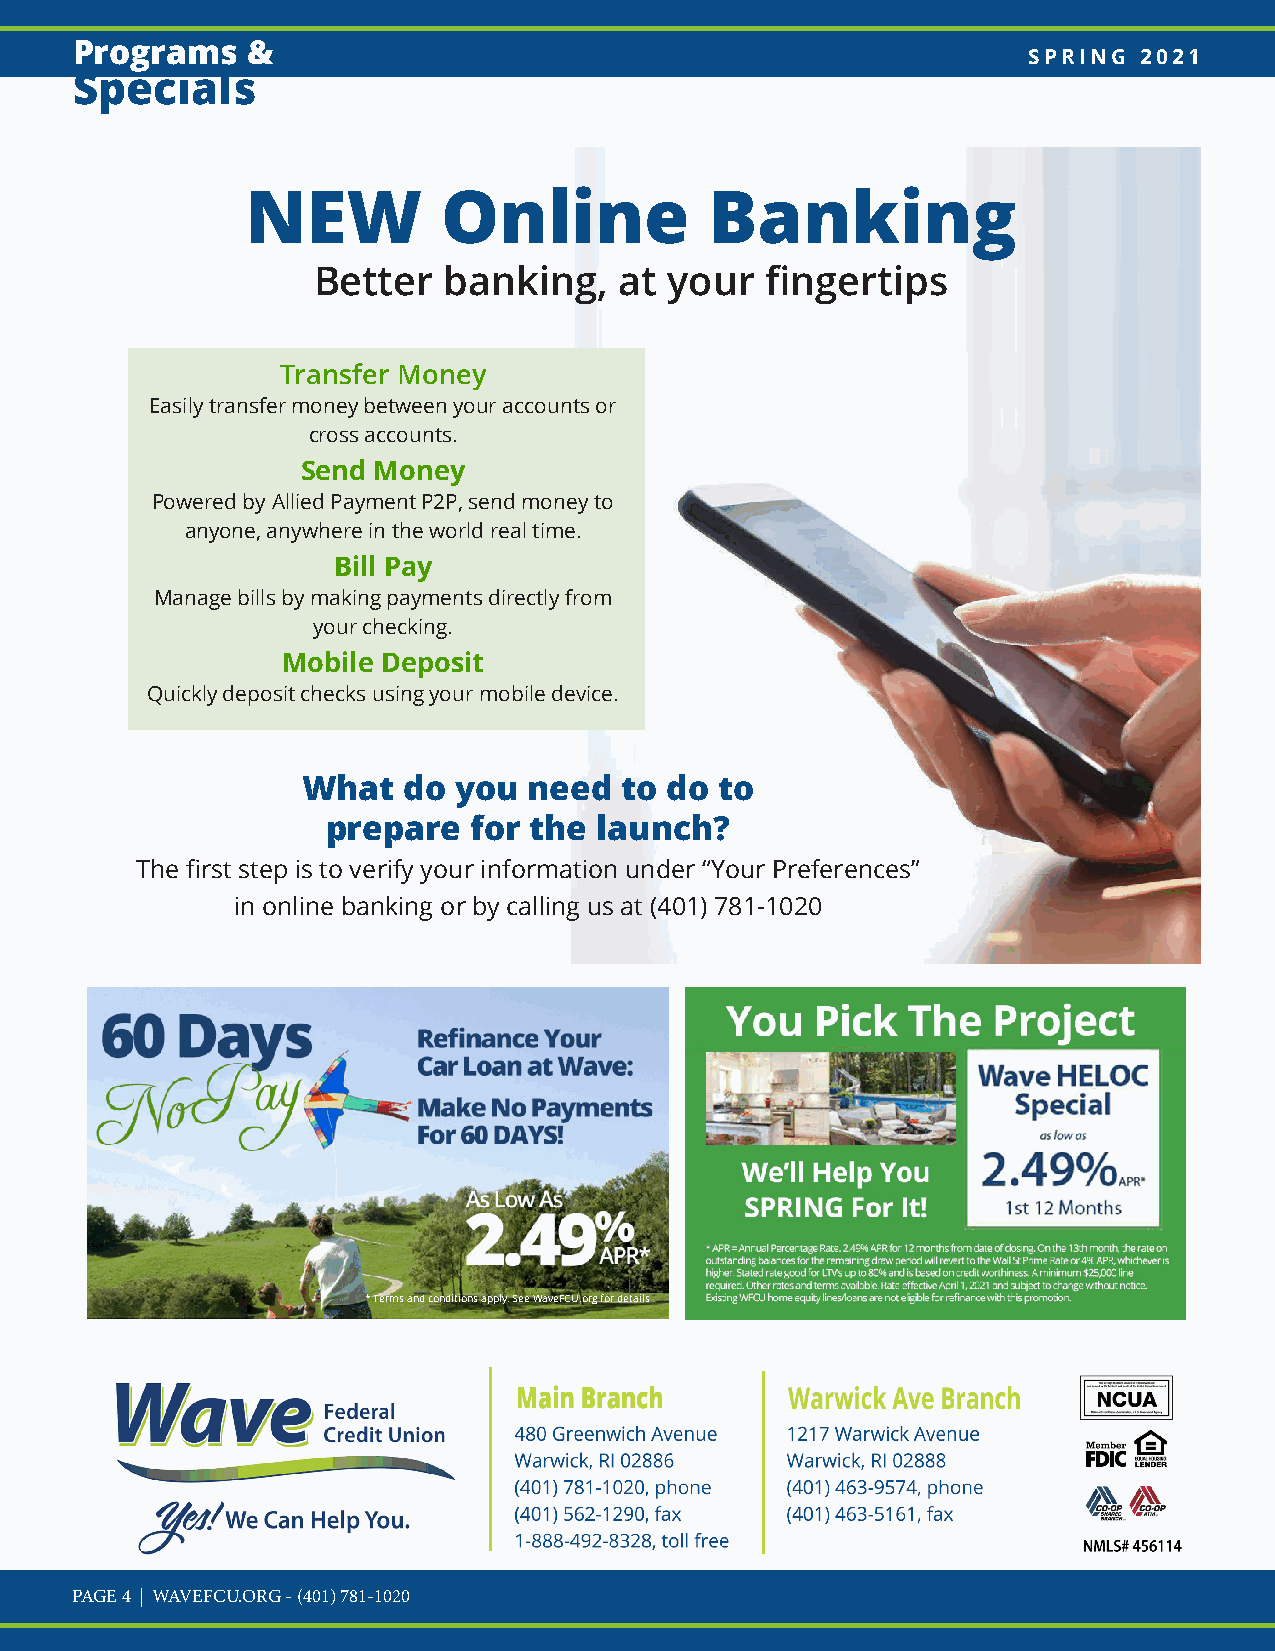
Programs   &
 SPRING 2021
 Specials
 NEW          Online            Banking
 Better  banking,    at your   fingertips
 Transfer Money
 Easily transfer money between your accounts or
 cross accounts.
 Send Money
 Powered by Allied Payment P2P, send money to
 anyone, anywhere in the world real time.
 Bill Pay
 Manage bills by making payments directly from
 your checking.
 Mobile Deposit
 Quickly deposit checks using your mobile device.
 What   do you  need  to do  to
 prepare  for the  launch?
 The first step is to verify your information under “Your Preferences”
 in online banking or by calling us at (401) 781-1020
 * Terms and conditions apply. See WaveFCU.org for details
 PAGE 4 | WAVEFCU.ORG - (401) 781-1020